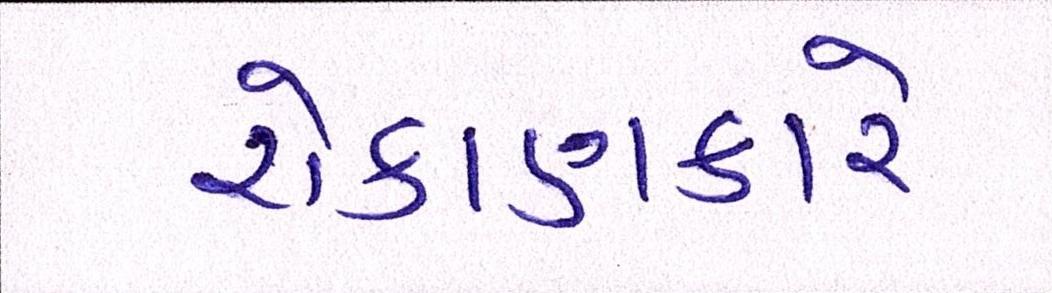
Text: રોકાણકારે